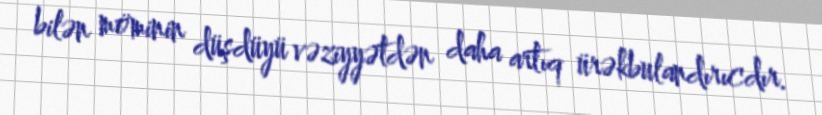
bilən möminin düşdüyü vəziyyətdən daha artıq ürəkbulandırıcdır.